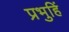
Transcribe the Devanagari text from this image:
प्रभुहिं